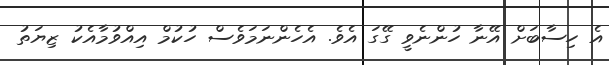
އެ ހިސާބަށް އޭނާ ހުންނެވީ ގޭގަ އެވެ. އެހެންނަމަވެސް ހުކުމް އިއްވުމާއެކު ޒިޔަތު